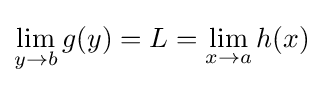
\lim _{y\to b}g(y)=L=\lim _{x\to a}h(x)